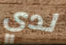
لدي